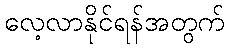
လေ့လာနိုင်ရန်အတွက်